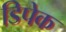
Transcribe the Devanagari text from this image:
डिपेक